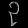
Digit: ၃